Scottish Leaving Certificate Examination, 1960
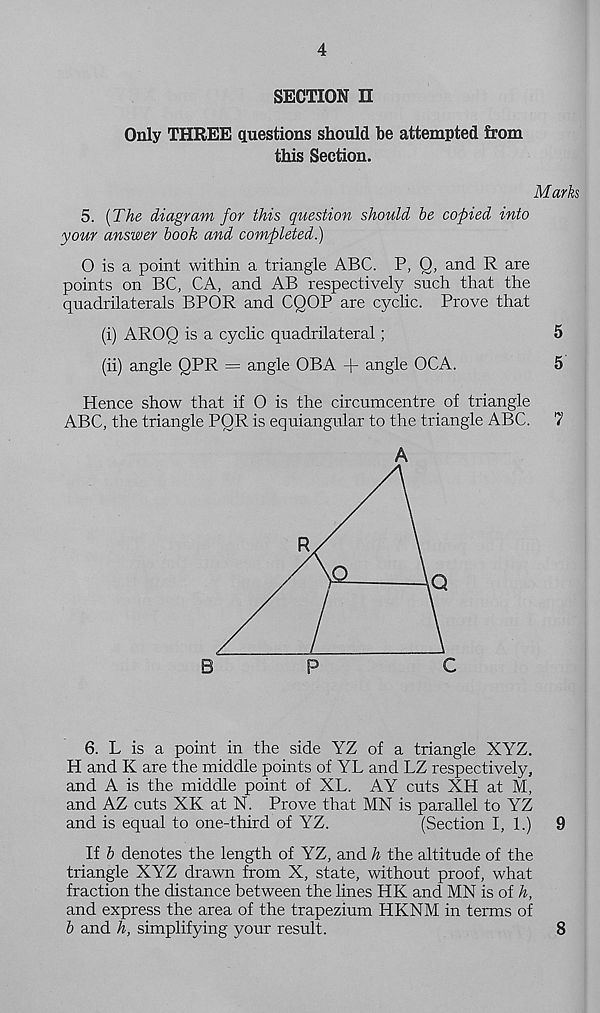
4
SECTION n
Only THREE questions should be attempted from
this Section.
Marks
5. (The diagram for this question should he copied into
your answer hook and completed.)
O is a point within a triangle ABC. P, Q, and R are
points on BC, CA, and AB respectively such that the
quadrilaterals BPOR and CQOP are cyclic. Prove that
(i) AROO is a cyclic quadrilateral;
5
(ii) angle QPR = angle OBA + angle OCA.
5
Hence show that if O is the circumcentre of triangle
ABC, the triangle PQR is equiangular to the triangle ABC.
7
A
6. L is a point in the side YZ of a triangle XYZ.
H and K are the middle points of YL and LZ respectively,
and A is the middle point of XL. AY cuts XH at M,
and AZ cuts XK at N. Prove that MX is parallel to YZ
and is equal to one-third of YZ.
(Section I, 1.)
9
If h denotes the length of YZ, and h the altitude of the
triangle XYZ drawn from X, state, without proof, what
fraction the distance between the lines HK and MN is of h,
and express the area of the trapezium HKNM in terms of
h and h, simplifying your result.
8